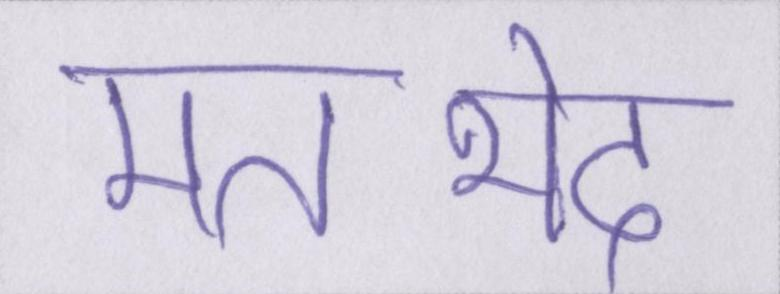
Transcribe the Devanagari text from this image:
मतभेद